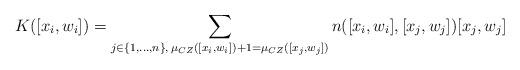
LaTeX: \begin{align*} K([x_i, w_i]) = \sum_{j \in\{1, ..., n\},\,\mu_{CZ}([x_i,w_i])+1 = \mu_{CZ}([x_j, w_j])} n([x_i, w_i], [x_j, w_j]) [x_j, w_j] \end{align*}